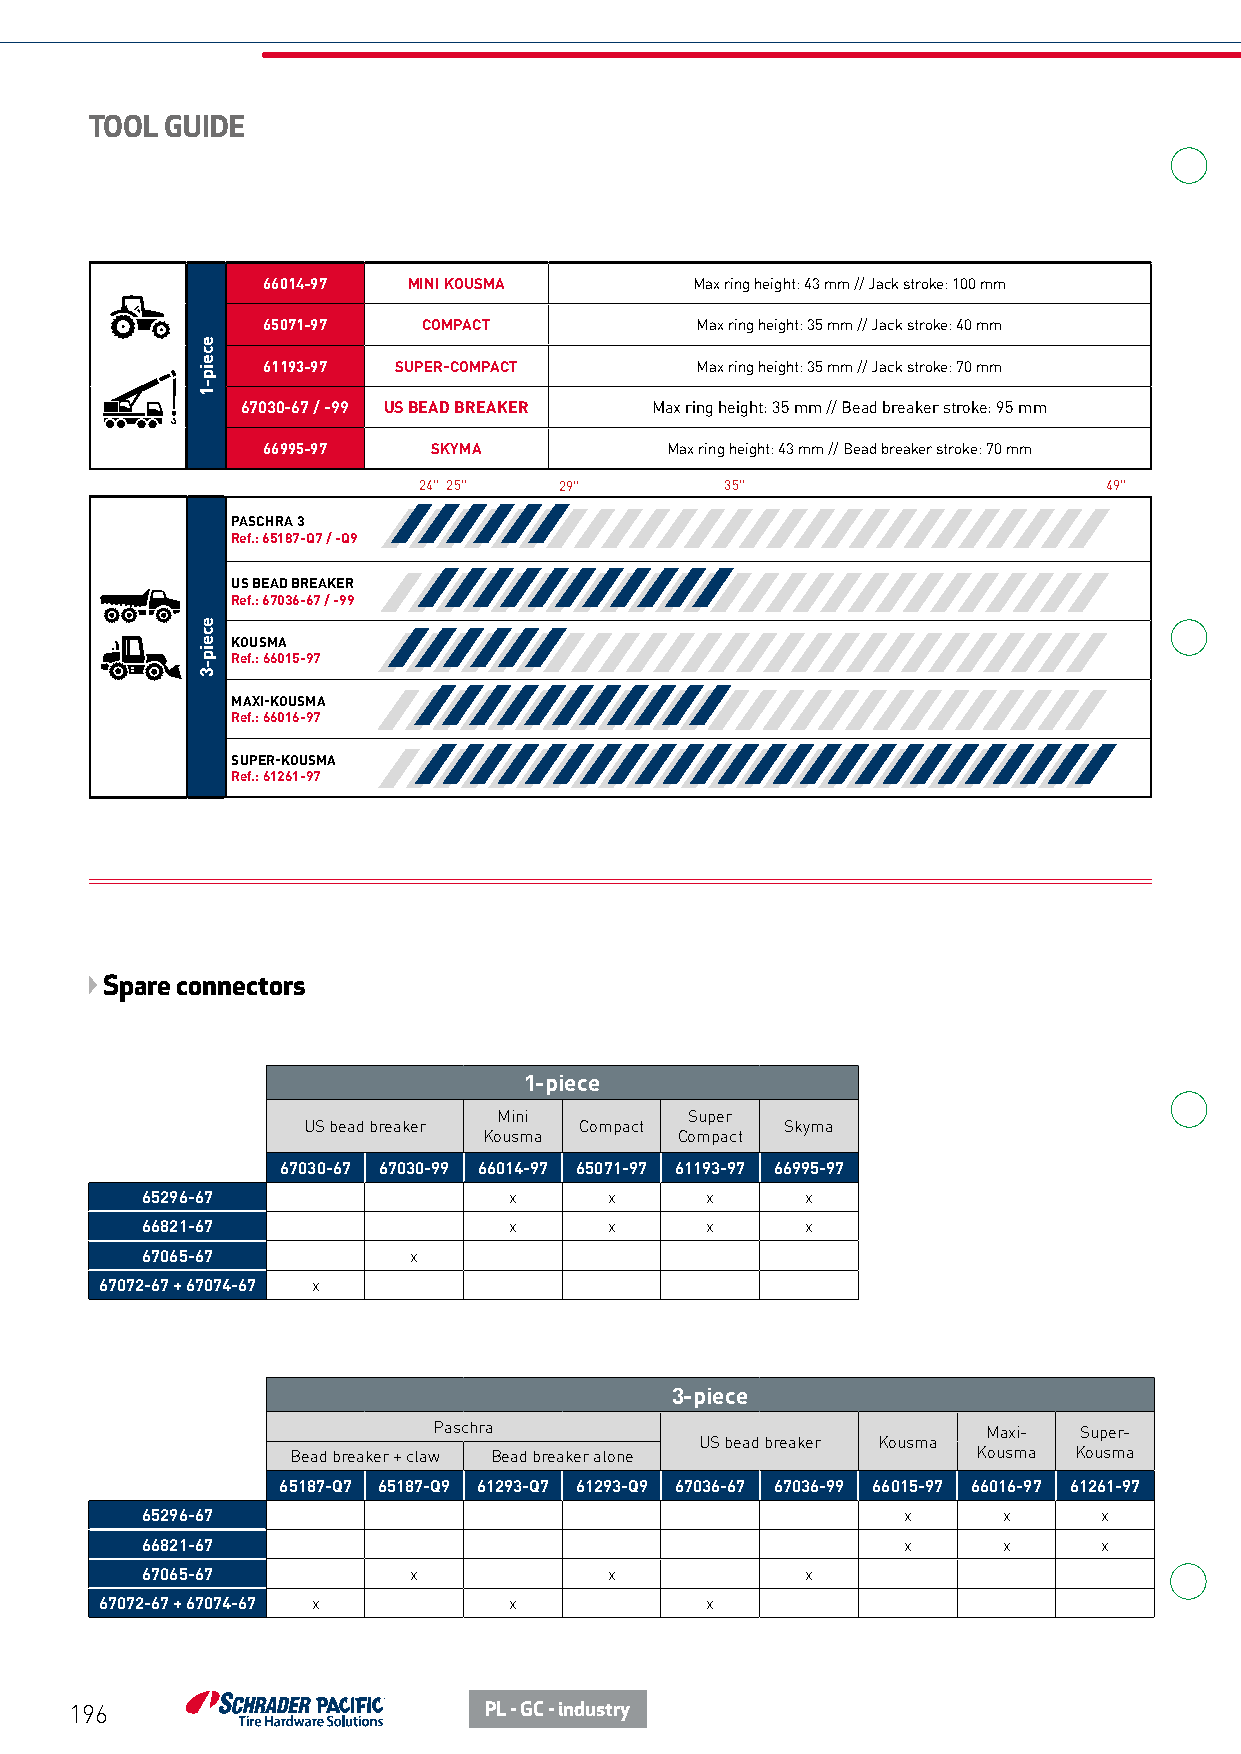
TOOL GUIDE
 66014-97  MINI KOUSMA        Max ring height: 43 mm // Jack stroke: 100 mm
 65071-97   COMPACT           Max ring height: 35 mm // Jack stroke: 40 mm
 61193-97 SUPER-COMPACT       Max ring height: 35 mm // Jack stroke: 70 mm
 67030-67 / -99 US BEAD BREAKER Max ring height: 35 mm // Bead breaker stroke: 95 mm
 66995-97    SKYMA          Max ring height: 43 mm // Bead breaker stroke: 70 mm
 24" 25"  29"        35"                      49"
 PASCHRA 3
 Ref.: 65187-Q7 / -Q9
 US BEAD BREAKER
 Ref.: 67036-67 / -99
 KOUSMA
 Ref.: 66015-97
 MAXI-KOUSMA
 Ref.: 66016-97
 SUPER-KOUSMA
 Ref.: 61261-97
 Spare connectors
 1-piece
 Mini         Super
 US bead breaker   Compact       Skyma
 Kousma       Compact
 67030-67 67030-99 66014-97 65071-97 61193-97 66995-97
 65296-67                 x     x      x     x
 66821-67                 x     x      x     x
 67065-67          x
 67072-67 + 67074-67 x
 3-piece
 Paschra                             Maxi- Super-
 US bead breaker Kousma
 Bead breaker + claw Bead breaker alone        Kousma Kousma
 65187-Q7 65187-Q9 61293-Q7 61293-Q9 67036-67 67036-99 66015-97 66016-97 61261-97
 65296-67                                           x     x      x
 66821-67                                           x     x      x
 67065-67          x            x            x
 67072-67 + 67074-67 x      x            x
 196                        PL - GC - industry
 eceip-1
 eceip-3